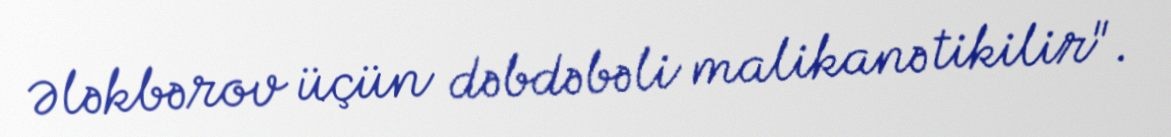
Ələkbərov üçün dəbdəbəli malikanə tikilir".